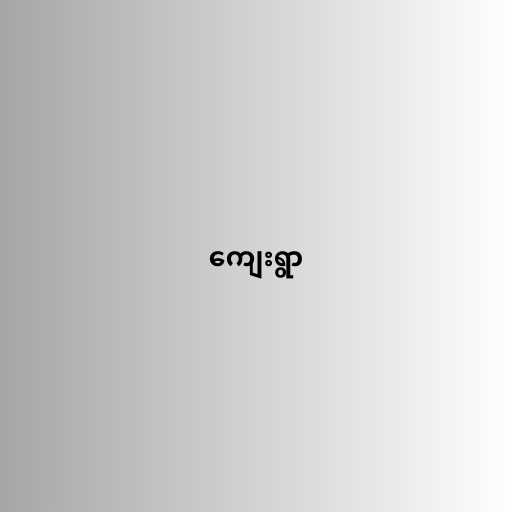
ကျေးရွာ